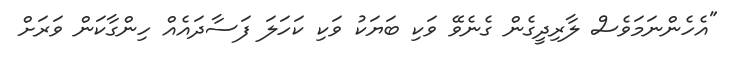
"އެހެންނަމަވެސް ލާރިދީގެން ގެނެވޭ ވަކި ބަޔަކު ވަކި ކަހަލަ ފަސާދައެއް ހިންގާކަން ވަރަށް